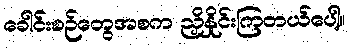
ခေါင်းစဉ်တွေအစက ညှိနှိုင်းကြတယ်ပေါ့။